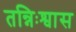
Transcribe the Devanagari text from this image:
तन्निःश्वास